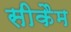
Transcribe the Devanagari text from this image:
सीकैम